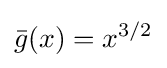
{\bar {g}}(x)=x^{3/2}